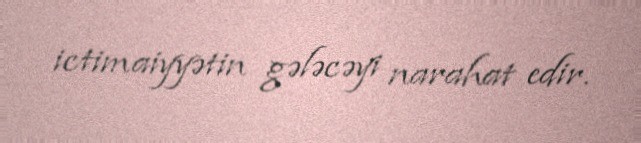
ictimaiyyətin gələcəyi narahat edir.